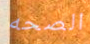
الصحه